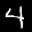
Label: 4